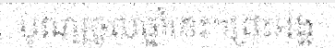
បុណ្យចូលឆ្នាំនេះ។ព្រះអង្គ